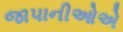
જાપાનીઓએ